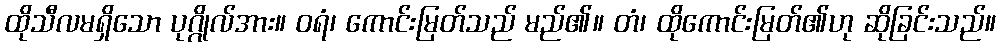
ထိုသီလမရှိသော ပုဂ္ဂိုလ်အား။ ဝရံ၊ ကောင်းမြတ်သည် မည်၏။ တံ၊ ထိုကောင်းမြတ်၏ဟု ဆိုခြင်းသည်။